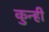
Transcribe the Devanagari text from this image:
कुन्ही